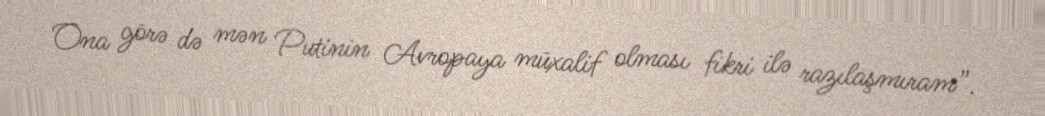
Ona görə də mən Putinin Avropaya müxalif olması fikri ilə razılaşmıram”.